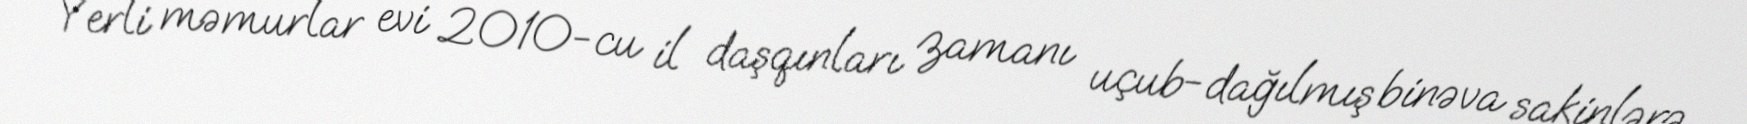
Yerli məmurlar evi 2010-cu il daşqınları zamanı uçub-dağılmış binəva sakinlərə